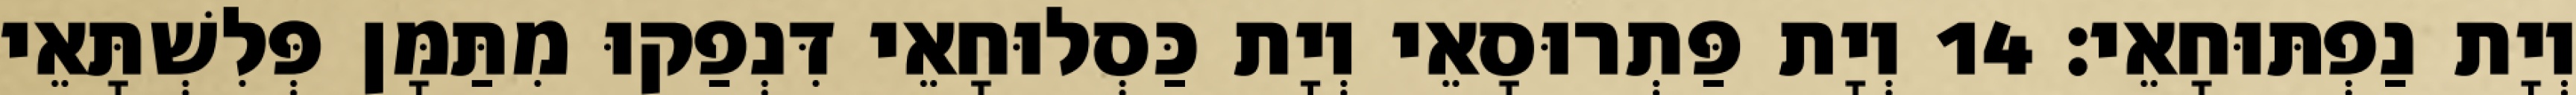
וְיָת נַפְתּוּחָאֵי׃ 14 וְיָת פַּתְרוּסָאֵי וְיָת כַּסְלוּחָאֵי דִּנְפַקוּ מִתַּמָּן פְּלִשְׁתָּאֵי